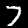
Label: 7